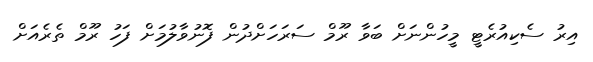
އިރު ސެކިއުރެޓީ މީހުންނަށް ބަވާ ރޫމް ސަރަހަށްދުން ފޮނުވާލުމަށް ފަހު ރޫމް ތެރެއަށް